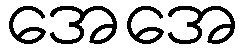
အေအေ